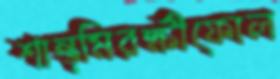
শান্ত্মিরক্ষীফোল